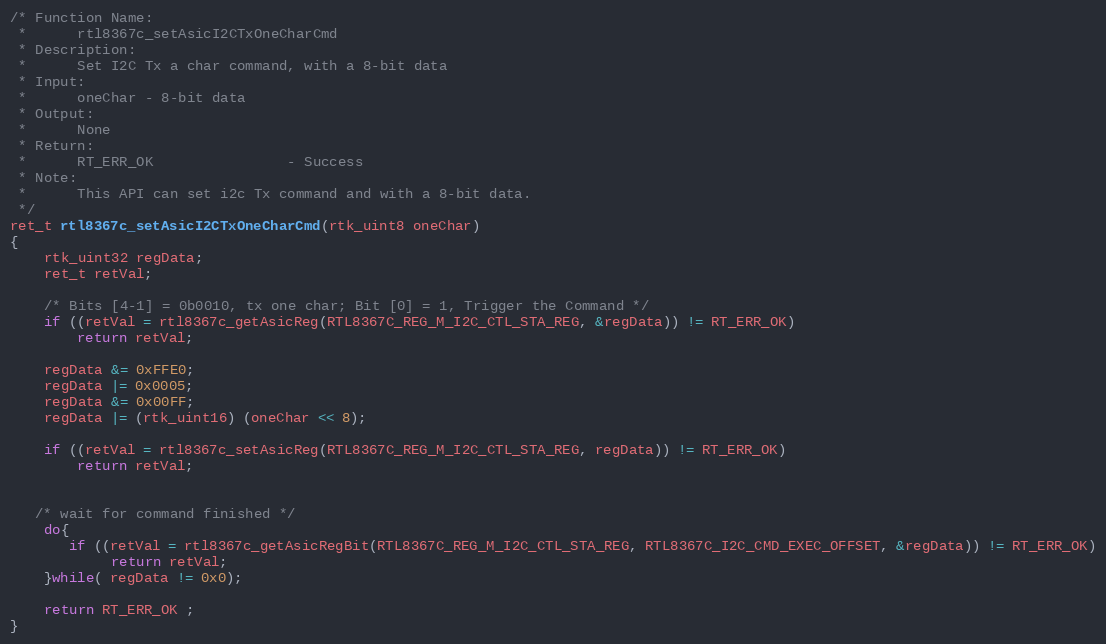
Language: C
/* Function Name:
 *      rtl8367c_setAsicI2CTxOneCharCmd
 * Description:
 *      Set I2C Tx a char command, with a 8-bit data
 * Input:
 *      oneChar - 8-bit data
 * Output:
 *      None
 * Return:
 *      RT_ERR_OK                - Success
 * Note:
 *      This API can set i2c Tx command and with a 8-bit data.
 */
ret_t rtl8367c_setAsicI2CTxOneCharCmd(rtk_uint8 oneChar)
{
    rtk_uint32 regData;
    ret_t retVal;

    /* Bits [4-1] = 0b0010, tx one char; Bit [0] = 1, Trigger the Command */
    if ((retVal = rtl8367c_getAsicReg(RTL8367C_REG_M_I2C_CTL_STA_REG, &regData)) != RT_ERR_OK)
        return retVal;

    regData &= 0xFFE0;
    regData |= 0x0005;
    regData &= 0x00FF;
    regData |= (rtk_uint16) (oneChar << 8);

    if ((retVal = rtl8367c_setAsicReg(RTL8367C_REG_M_I2C_CTL_STA_REG, regData)) != RT_ERR_OK)
        return retVal;

   /* wait for command finished */
    do{
       if ((retVal = rtl8367c_getAsicRegBit(RTL8367C_REG_M_I2C_CTL_STA_REG, RTL8367C_I2C_CMD_EXEC_OFFSET, &regData)) != RT_ERR_OK)
            return retVal;
    }while( regData != 0x0);

    return RT_ERR_OK ;
}